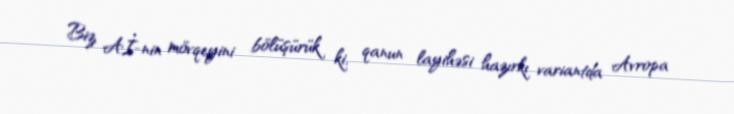
Biz Aİ-nin mövqeyini bölüşürük ki, qanun layihəsi hazırkı variantda Avropa